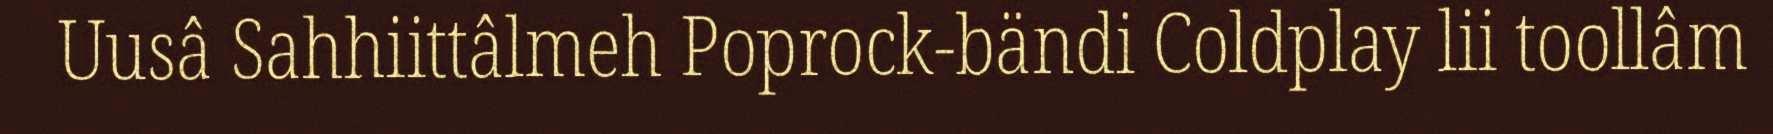
Uusâ Sahhiittâlmeh Poprock-bändi Coldplay lii toollâm